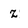
Character: z